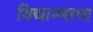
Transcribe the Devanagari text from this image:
विद्यानसभा